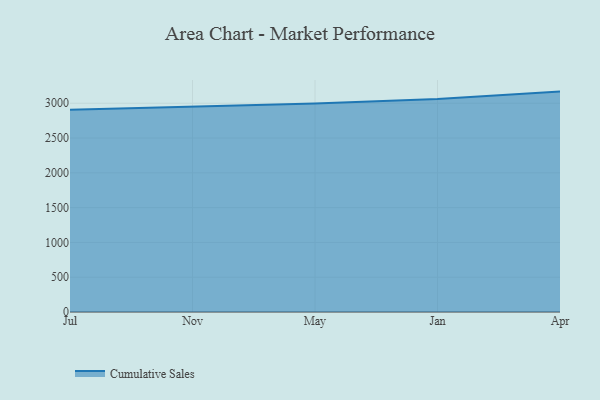
{"axis": {"x": "Month", "y": "Customer Acquisition Cost (USD)"}, "legend": ["Cumulative Sales"], "data": [{"x": "Jul", "y": 2907.2, "type": "Cumulative Sales"}, {"x": "Nov", "y": 2955.6, "type": "Cumulative Sales"}, {"x": "May", "y": 2996.8, "type": "Cumulative Sales"}, {"x": "Jan", "y": 3061.4, "type": "Cumulative Sales"}, {"x": "Apr", "y": 3167.2, "type": "Cumulative Sales"}]}